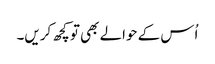
اُس کے حوالے بھی تو کچھ کریں۔